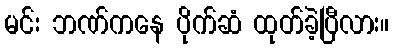
မင်း ဘဏ်ကနေ ပိုက်ဆံ ထုတ်ခဲ့ပြီလား။